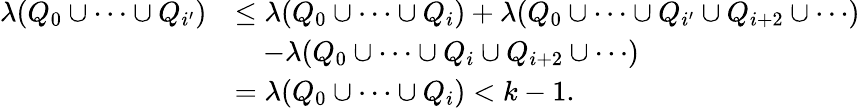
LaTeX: \begin{array}{rl}{\lambda(Q_{0}\cup\cdots\cup Q_{i^{\prime}})}&{\leq\lambda(Q_{0}\cup\cdots\cup Q_{i})+\lambda(Q_{0}\cup\cdots\cup Q_{i^{\prime}}\cup Q_{i+2}\cup\cdots)}\\ &{\quad-\lambda(Q_{0}\cup\cdots\cup Q_{i}\cup Q_{i+2}\cup\cdots)}\\ &{=\lambda(Q_{0}\cup\cdots\cup Q_{i})<k-1.}\end{array}